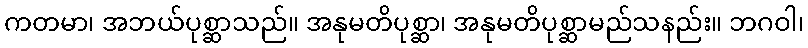
ကတမာ၊ အဘယ်ပုစ္ဆာသည်။ အနုမတိပုစ္ဆာ၊ အနုမတိပုစ္ဆာမည်သနည်း။ ဘဂဝါ၊